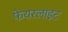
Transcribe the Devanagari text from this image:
फेयरलाइट